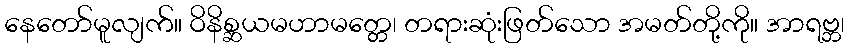
နေတော်မူလျက်။ ဝိနိစ္ဆယမဟာမတ္တေ၊ တရားဆုံးဖြတ်သော အမတ်တို့ကို။ အာရဗ္ဘ၊